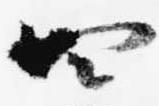
四